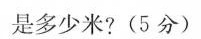
是多少米?(5分)